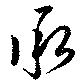
承